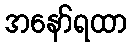
အနော်ရထာ